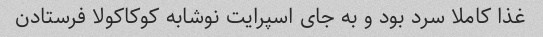
غذا کاملا سرد بود و به جای اسپرایت نوشابه کوکاکولا فرستادن